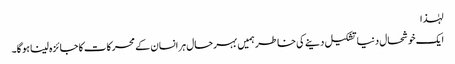
لہٰذا
ایک خوشحال دنیا تشکیل دینے کی خاطر ہمیں بہرحال ہر انسان کے محرکات کا جائزہ لینا ہو گا۔